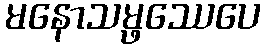
မနောသမ္ဖဿေပေ